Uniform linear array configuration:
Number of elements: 32
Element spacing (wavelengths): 0.5
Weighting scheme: hamming
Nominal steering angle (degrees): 15
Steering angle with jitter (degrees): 13.47
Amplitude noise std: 0.05
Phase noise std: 0.05

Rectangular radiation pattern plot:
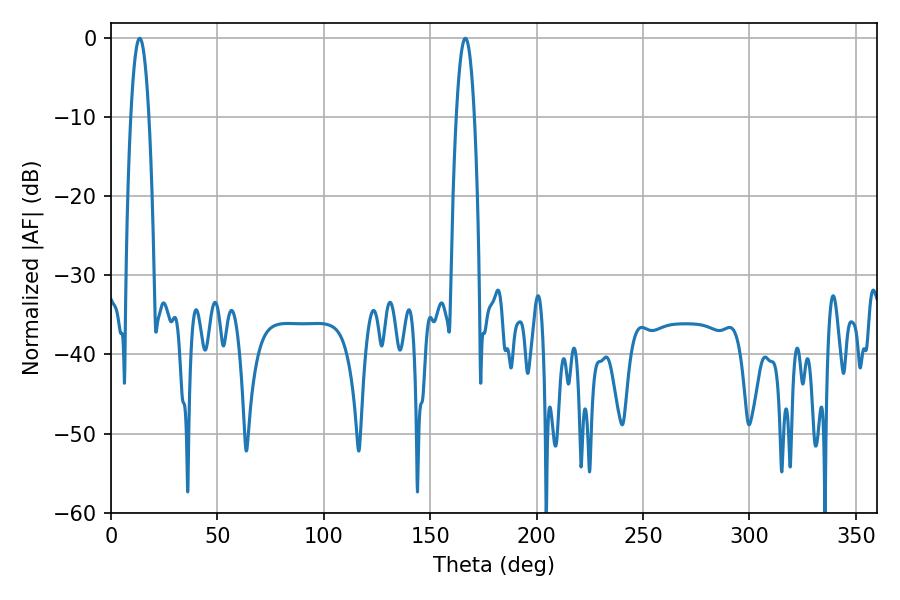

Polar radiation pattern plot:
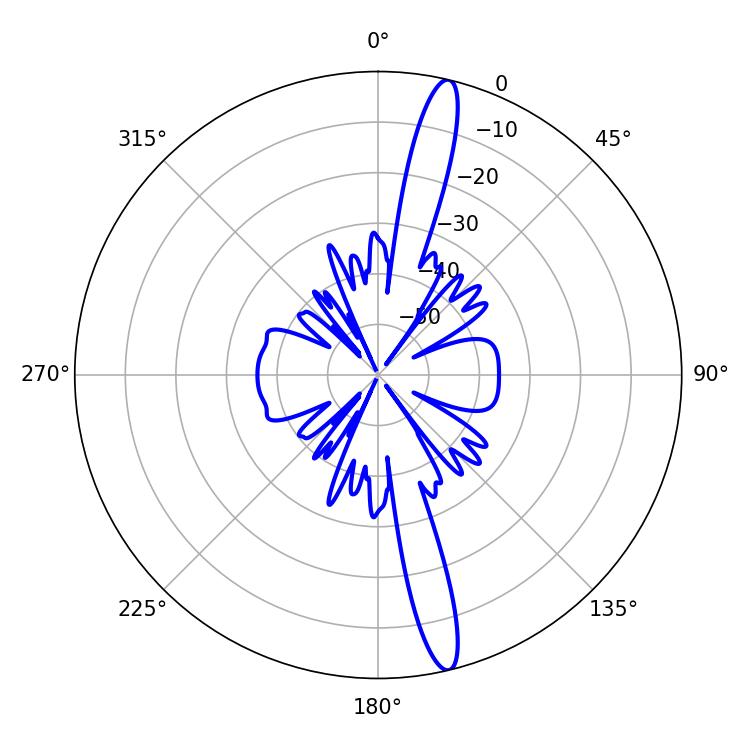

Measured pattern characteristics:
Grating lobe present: FALSE
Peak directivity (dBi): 16.83
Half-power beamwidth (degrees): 4.68
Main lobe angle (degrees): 13.5